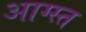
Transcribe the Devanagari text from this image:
आग्स्त